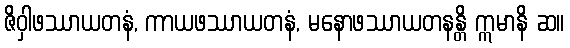
ဇိဝှါဖဿာယတနံ, ကာယဖဿာယတနံ, မနောဖဿာယတနန္တိ ဣမာနိ ဆ။